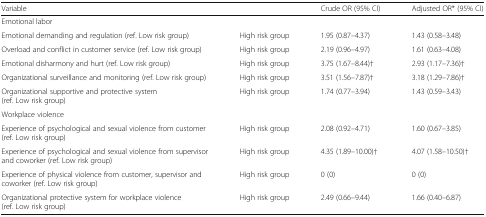
| Variable |  | Crude OR (95% CI) | Adjusted OR* (95% CI) |
 | --- | --- | --- | --- |
 | <COLSPAN=4> Emotional labor |
 | Emotional demanding and regulation (ref. Low risk group) | High risk group | 1.95 (0.87–4.37) | 1.43 (0.58–3.48) |
 | Overload and conflict in customer service (ref. Low risk group) | High risk group | 2.19 (0.96–4.97) | 1.61 (0.63–4.08) |
 | Emotional disharmony and hurt (ref. Low risk group) | High risk group | 3.75 (1.67–8.44)† | 2.93 (1.17–7.36)† |
 | Organizational surveillance and monitoring (ref. Low risk group) | High risk group | 3.51 (1.56–7.87)† | 3.18 (1.29–7.86)† |
 | Organizational supportive and protective system (ref. Low risk group) | High risk group | 1.74 (0.77–3.94) | 1.43 (0.59–3.43) |
 | <COLSPAN=4> Workplace violence |
 | Experience of psychological and sexual violence from customer (ref. Low risk group) | High risk group | 2.08 (0.92–4.71) | 1.60 (0.67–3.85) |
 | Experience of psychological and sexual violence from supervisor and coworker (ref. Low risk group) | High risk group | 4.35 (1.89–10.00)† | 4.07 (1.58–10.50)† |
 | Experience of physical violence from customer, supervisor and coworker (ref. Low risk group) | High risk group | 0 (0) | 0 (0) |
 | Organizational protective system for workplace violence (ref. Low risk group) | High risk group | 2.49 (0.66–9.44) | 1.66 (0.40–6.87) |